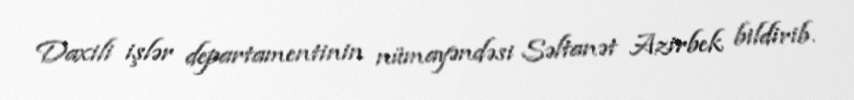
Daxili işlər departamentinin nümayəndəsi Səltanət Azirbek bildirib.